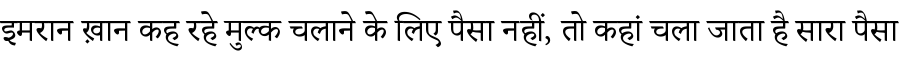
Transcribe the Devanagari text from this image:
इमरान ख़ान कह रहे मुल्क चलाने के लिए पैसा नहीं, तो कहां चला जाता है सारा पैसा